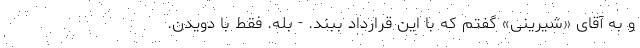
و به آقای «شیرینی» گفتم که با این قرارداد ببند. - بله. فقط با دویدن.